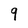
Character: 9